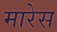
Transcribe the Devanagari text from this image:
मारेस